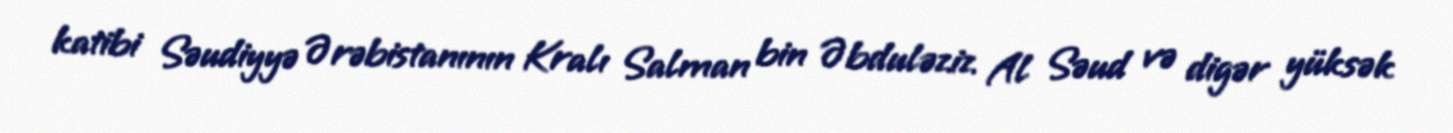
katibi Səudiyyə Ərəbistanının Kralı Salman bin Əbduləziz Al Səud və digər yüksək